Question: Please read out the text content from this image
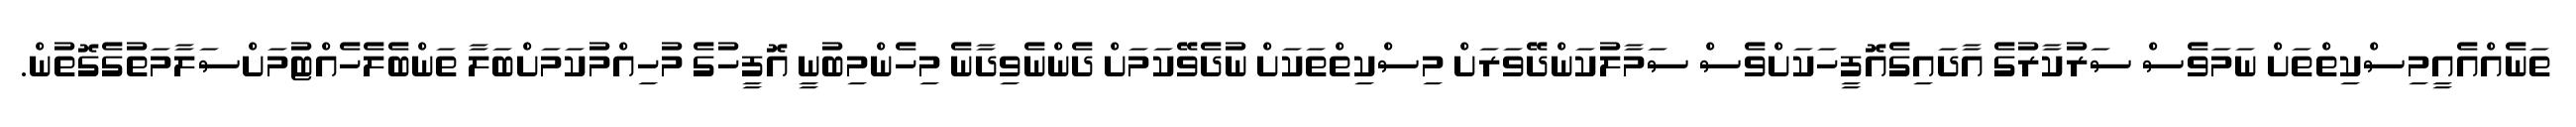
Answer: ތަނެއްއެއީމިސްކިތްތަށް ނަމަވެސް ސަރުކާރުގެ އާދައިގެއޮފީހަކަށްވެސް ސަމާލުކަންދޭވަރަށް މިސްކިތްތަކަށް ނުދެވޭކަމަށް ދެންނެވިދާނެ މިހެންމިބުނީ އޮފީހުގެ މުހިއްމުކަމަށްބަލާ ތަންބެލެހެއްޓުމަށްސަލާމަތުގެގޮތުން.